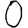
Digit: 0